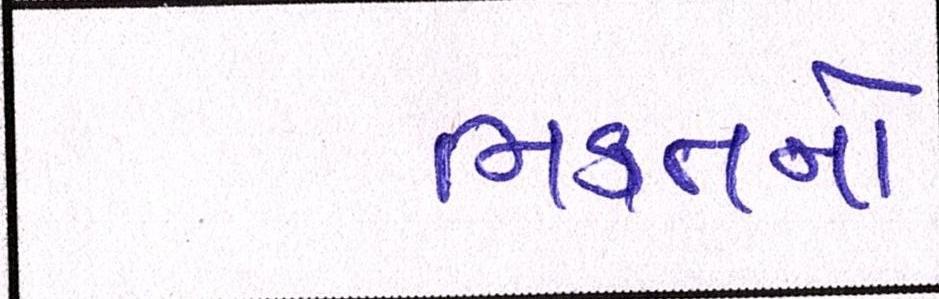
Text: ભક્તનો